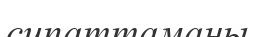
сипаттаманы